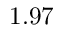
1 . 9 7